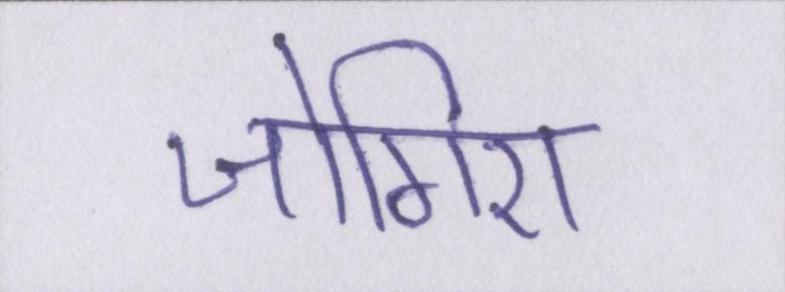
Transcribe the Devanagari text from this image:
जोगिरा